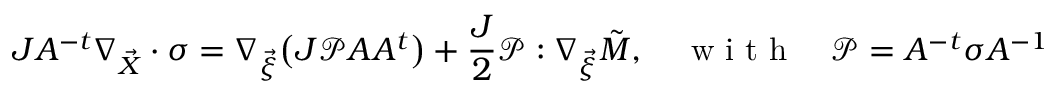
J A ^ { - t } \nabla _ { \vec { X } } \cdot \sigma = \nabla _ { \vec { \xi } } \big ( J \mathcal { P } A A ^ { t } \big ) + \frac { J } { 2 } \mathcal { P } : \nabla _ { \vec { \xi } } \Tilde { M } , \quad \mathrm { ~ w ~ i ~ t ~ h ~ } \quad \mathcal { P } = A ^ { - t } \sigma A ^ { - 1 }